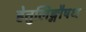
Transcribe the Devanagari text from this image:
हेतुलिङ्गौषध